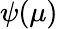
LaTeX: \psi(\mu)